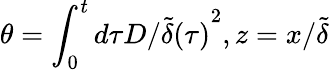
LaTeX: \theta=\int_{0}^{t}{d\tau D/{\tilde{\delta}(\tau)}^{2}},z=x/\tilde{\delta}